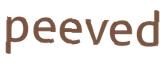
peeved